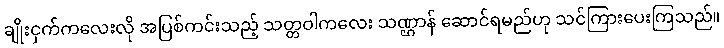
ချိုးငှက်ကလေးလို အပြစ်ကင်းသည့် သတ္တဝါကလေး သဏ္ဌာန် ဆောင်ရမည်ဟု သင်ကြားပေးကြသည်။